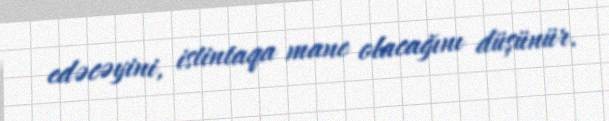
edəcəyini, istintaqa mane olacağını düşünür.